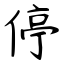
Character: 停